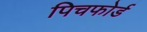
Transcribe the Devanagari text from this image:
पिचफोर्ड